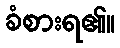
ခံစားရ၏။